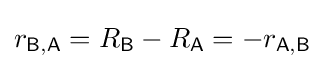
r_{\mathsf {B,A}}=R_{\mathsf {B}}-R_{\mathsf {A}}=-r_{\mathsf {A,B}}